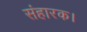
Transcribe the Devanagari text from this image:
संहारक।